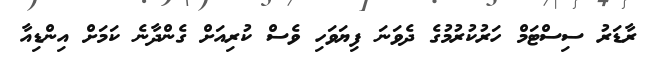
ރާޑަރު ސިސްޓަމް ހަރުކުރުމުގެ ދެވަނަ ފިޔަވަހި ވެސް ކުރިއަށް ގެންދާނެ ކަމަށް އިންޑިއާ